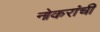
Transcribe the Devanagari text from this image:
नोकरांची